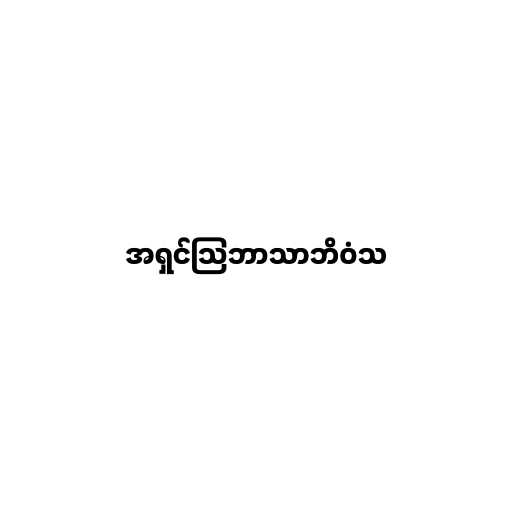
အရှင်သြဘာသာဘိဝံသ